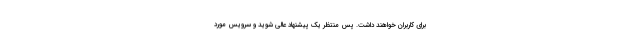
برای کاربران خواهند داشت. پس منتظر یک پیشنهاد عالی شوید و سرویس مورد